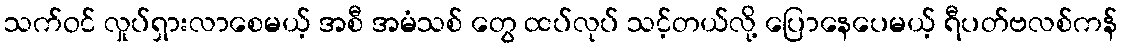
သက်ဝင် လှုပ်ရှားလာစေမယ့် အစီ အမံသစ် တွေ ထပ်လုပ် သင့်တယ်လို့ ပြောနေပေမယ့် ရီပတ်ဗလစ်ကန်